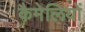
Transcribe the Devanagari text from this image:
कैमेलियों